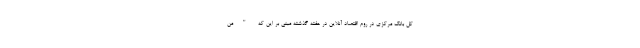
کل بانک مرکزی در روم اقتصاد آنلاین در هفته گذشته مبنی بر این که "من